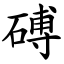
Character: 磗